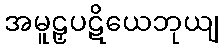
အမူဠှပဋိယေဘုယျ